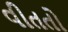
વીતતો